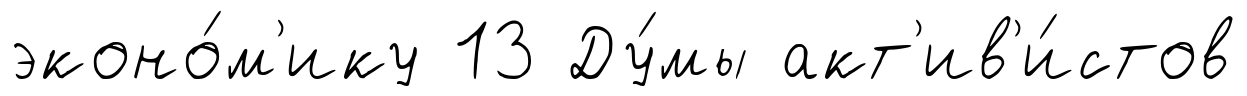
эконо́м'ику 13 Ду́мы акт'ив'и́стов